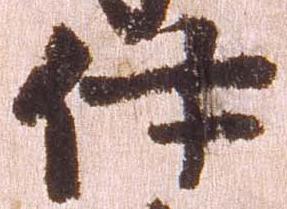
伊